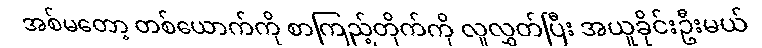
အစ်မတော့ တစ်ယောက်ကို စာကြည့်တိုက်ကို လူလွှတ်ပြီး အယူခိုင်းဦးမယ်